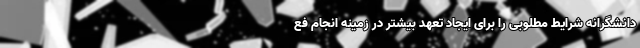
دانشگرانه شرایط مطلوبی را برای ایجاد تعهد بیشتر در زمینه انجام فع